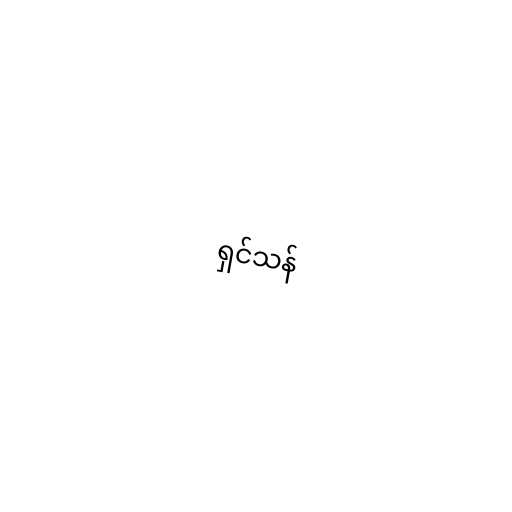
ရှင်သန်